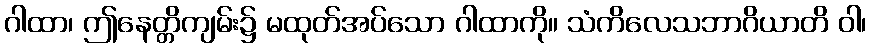
ဂါထာ၊ ဤနေတ္တိကျမ်း၌ မထုတ်အပ်သော ဂါထာကို။ သံကိလေသဘာဂိယာတိ ဝါ၊